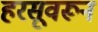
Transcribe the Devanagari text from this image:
हरसूवरून